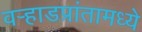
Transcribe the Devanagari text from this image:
वर्‍हाडप्रांतामध्ये